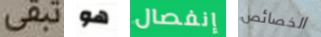
تبقى هو إنفصال الخصائص